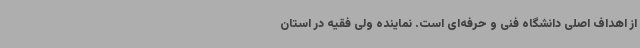
از اهداف اصلی دانشگاه فنی و حرفه‌ای است. نماینده ولی فقیه در استان